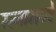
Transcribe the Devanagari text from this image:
रत्‍नामध्ये